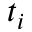
t _ { i }